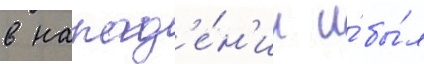
в напад'е́н'ии и́ бы́л